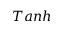
T a n h